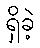
ရှိခဲ့